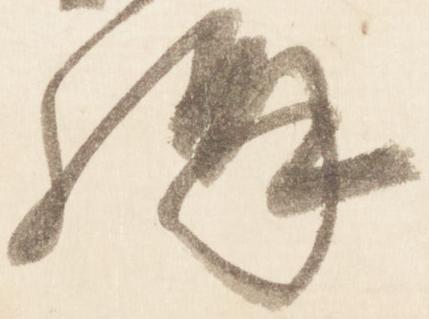
構